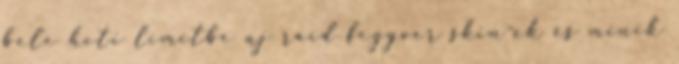
bele heti limitbe új raid fegyver skin-ek és minik